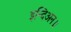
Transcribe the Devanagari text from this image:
इन्दिअन॥